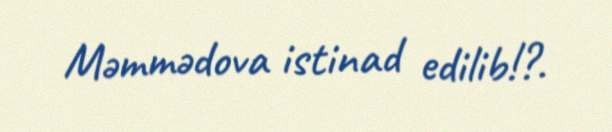
Məmmədova istinad edilib!?.